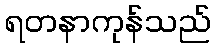
ရတနာကုန်သည်